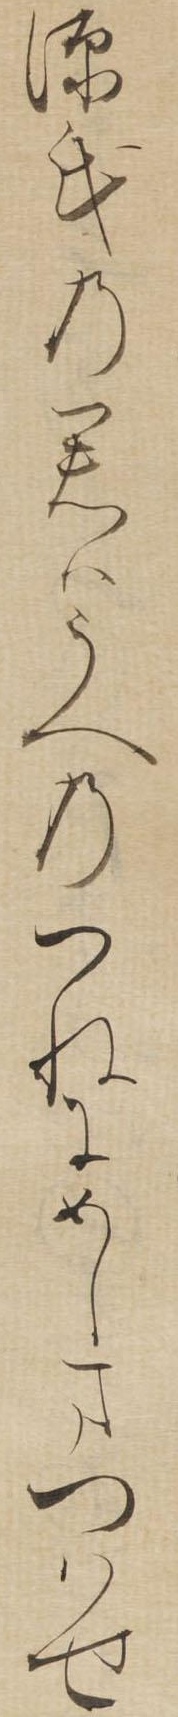
源氏の君はうへのつねにめしまつはせ